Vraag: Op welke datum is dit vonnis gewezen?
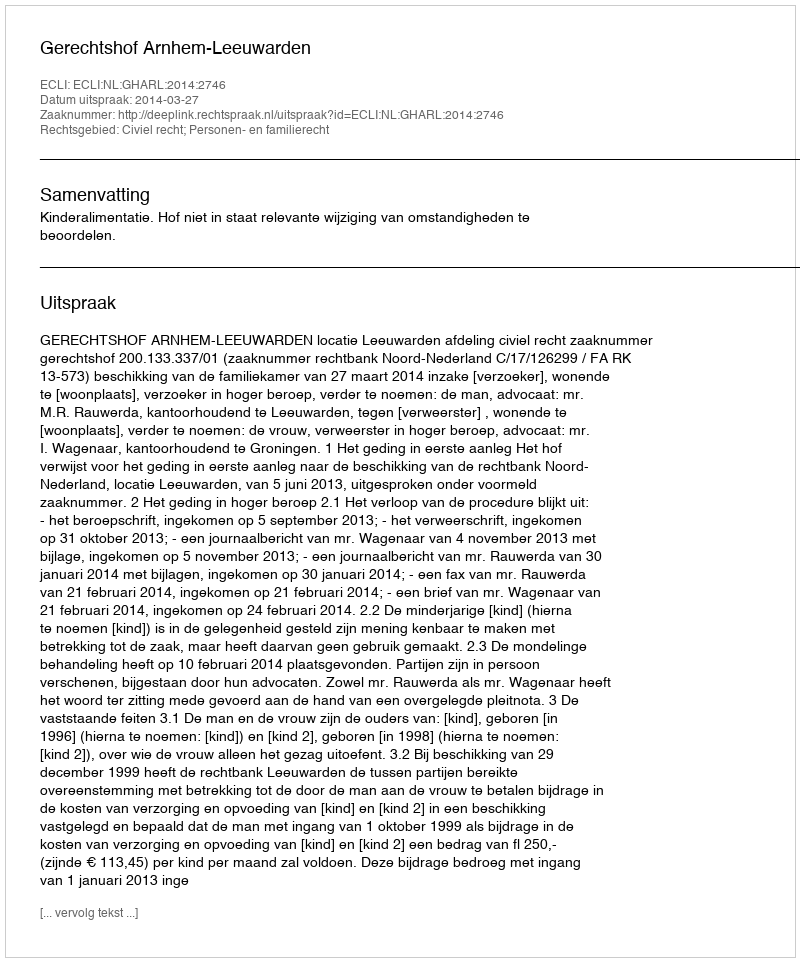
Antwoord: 2014-03-27